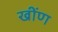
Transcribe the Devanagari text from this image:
खींण